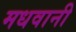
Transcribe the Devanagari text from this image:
मधवानी